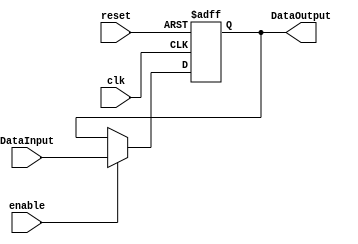
module Pipeline
#(
	parameter N=32
)
(
	input clk,
	input reset,
	input enable,
	input  [N-1:0] DataInput,
	
	
	output reg [N-1:0] DataOutput
);

always@(negedge reset or posedge clk) begin
	if(reset==0)
		DataOutput <= 0;
	else	
		if(enable==1)
			DataOutput<=DataInput;
end

endmodule
//pipeline//